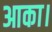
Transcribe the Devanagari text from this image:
आका।